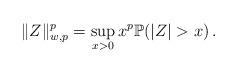
LaTeX: \begin{align*}\|Z\|_{w,p}^p=\sup_{x>0} x^p{\mathbb P}(|Z|>x)\, .\end{align*}